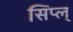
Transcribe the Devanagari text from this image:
सिंप्ल्